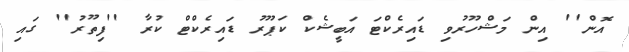
އޮން'' އިން މަޝްހޫރުވި ޑައިރެކްޓަ އަބީޝެކް ކަޕޫރު ޑައިރެކްޓް ކުރާ ''ފިތޫރު'' ގައި